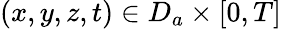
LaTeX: (x,y,z,t)\in D_{a}\times[0,T]